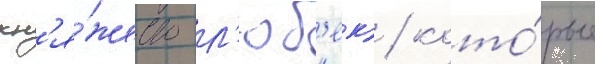
кн'я́жество л'юб'ек) / кото́рые